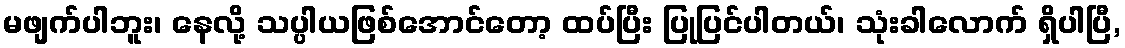
မဖျက်ပါဘူး၊ နေလို့ သပ္ပါယဖြစ်အောင်တော့ ထပ်ပြီး ပြုပြင်ပါတယ်၊ သုံးခါလောက် ရှိပါပြီ,